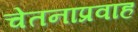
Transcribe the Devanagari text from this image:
चेतनाप्रवाह